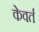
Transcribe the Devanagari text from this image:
केवर्त